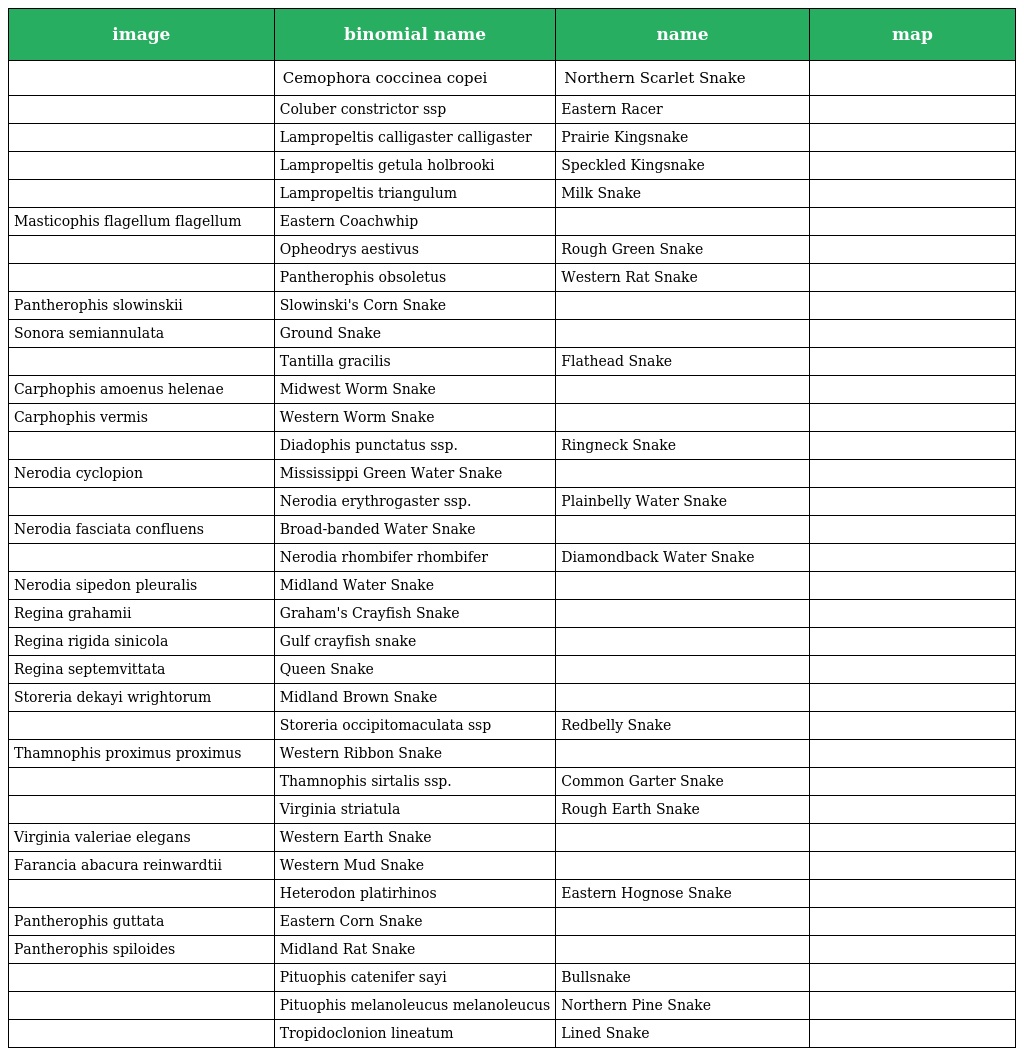
| image | binomial name | name | map |
 | --- | --- | --- | --- |
 |  | Cemophora coccinea copei | Northern Scarlet Snake |  |
 |  | Coluber constrictor ssp | Eastern Racer |  |
 |  | Lampropeltis calligaster calligaster | Prairie Kingsnake |  |
 |  | Lampropeltis getula holbrooki | Speckled Kingsnake |  |
 |  | Lampropeltis triangulum | Milk Snake |  |
 | Masticophis flagellum flagellum | Eastern Coachwhip |  |  |
 |  | Opheodrys aestivus | Rough Green Snake |  |
 |  | Pantherophis obsoletus | Western Rat Snake |  |
 | Pantherophis slowinskii | Slowinski's Corn Snake |  |  |
 | Sonora semiannulata | Ground Snake |  |  |
 |  | Tantilla gracilis | Flathead Snake |  |
 | Carphophis amoenus helenae | Midwest Worm Snake |  |  |
 | Carphophis vermis | Western Worm Snake |  |  |
 |  | Diadophis punctatus ssp. | Ringneck Snake |  |
 | Nerodia cyclopion | Mississippi Green Water Snake |  |  |
 |  | Nerodia erythrogaster ssp. | Plainbelly Water Snake |  |
 | Nerodia fasciata confluens | Broad-banded Water Snake |  |  |
 |  | Nerodia rhombifer rhombifer | Diamondback Water Snake |  |
 | Nerodia sipedon pleuralis | Midland Water Snake |  |  |
 | Regina grahamii | Graham's Crayfish Snake |  |  |
 | Regina rigida sinicola | Gulf crayfish snake |  |  |
 | Regina septemvittata | Queen Snake |  |  |
 | Storeria dekayi wrightorum | Midland Brown Snake |  |  |
 |  | Storeria occipitomaculata ssp | Redbelly Snake |  |
 | Thamnophis proximus proximus | Western Ribbon Snake |  |  |
 |  | Thamnophis sirtalis ssp. | Common Garter Snake |  |
 |  | Virginia striatula | Rough Earth Snake |  |
 | Virginia valeriae elegans | Western Earth Snake |  |  |
 | Farancia abacura reinwardtii | Western Mud Snake |  |  |
 |  | Heterodon platirhinos | Eastern Hognose Snake |  |
 | Pantherophis guttata | Eastern Corn Snake |  |  |
 | Pantherophis spiloides | Midland Rat Snake |  |  |
 |  | Pituophis catenifer sayi | Bullsnake |  |
 |  | Pituophis melanoleucus melanoleucus | Northern Pine Snake |  |
 |  | Tropidoclonion lineatum | Lined Snake |  |